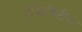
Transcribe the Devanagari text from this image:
ऐक्टिविटीज़